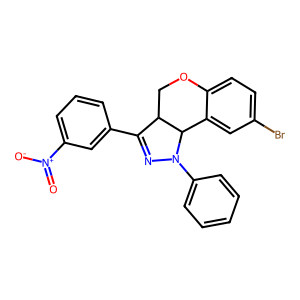
SMILES: O=[N+]([O-])c1cccc(C2=NN(c3ccccc3)C3c4cc(Br)ccc4OCC23)c1
Inhibits HIV replication: No